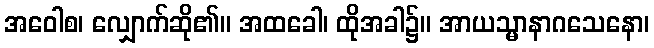
အဝေါစ၊ လျှောက်ဆို၏။ အထခေါ၊ ထိုအခါ၌။ အာယသ္မာနာဂသေနော၊